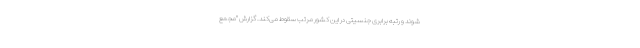
شوند و رتبه برابری جنسیتی در این کشور مرتب سقوط می‌کند. گزارش "مجمع